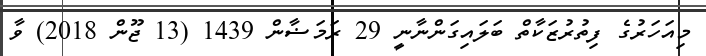
މިއަހަރުގެ ފިތުރުޒަކާތް ބަލައިގަންނާނީ 29 ރަމަޟާން 1439 (13 ޖޫން 2018) ވާ